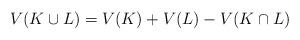
LaTeX: \begin{align*} V(K \cup L) = V(K) + V(L) - V(K\cap L)\end{align*}